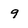
Character: 9